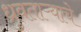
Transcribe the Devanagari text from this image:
ध्रुवताऱ्याचे